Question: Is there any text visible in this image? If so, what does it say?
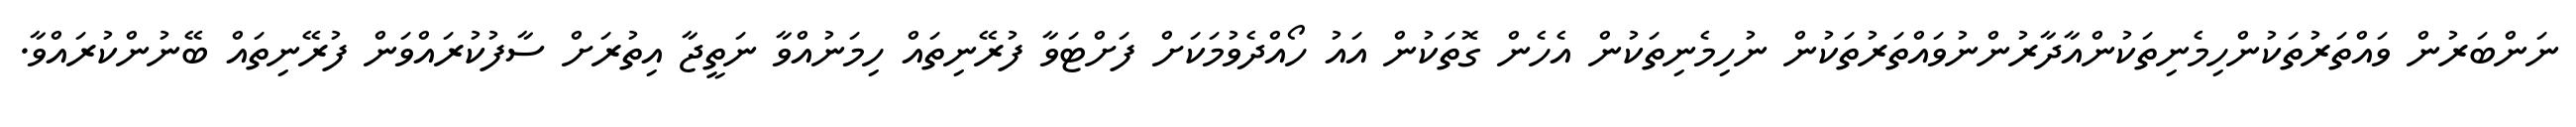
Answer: ނަންބަރުން ވައްތަރުތަކުންހިމެނިތަކުންއާދާރުންނުވައްތަރުތަކުން ނުހިމެނިތަކުން އެހެން ގޮތަކުން އައު ހޯއްދެވުމަކަށް ފަށްޓަވާ ފުރޭނިތައް ހިމަނުއްވާ ނަތީޖާ އިތުރަށް ސާފުކުރައްވަން ފުރޭނިތައް ބޭނުންކުރައްވާ.